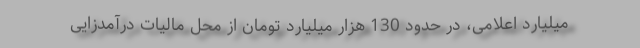
میلیارد اعلامی، در حدود 130 هزار میلیارد تومان از محل مالیات درآمدزایی